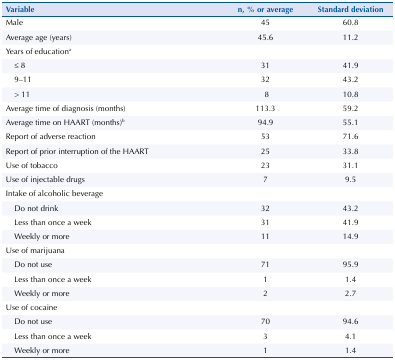
<table><thead><tr><td><b>Variable</b></td><td><b>n, % or average</b></td><td><b>Standard deviation</b></td></tr></thead><tbody><tr><td>Male</td><td>45</td><td>60.8</td></tr><tr><td>Average age (years)</td><td>45.6</td><td>11.2</td></tr><tr><td>Years of education<sup>a</sup></td><td> </td><td> </td></tr><tr><td>≤ 8</td><td>31</td><td>41.9</td></tr><tr><td>9–11</td><td>32</td><td>43.2</td></tr><tr><td>&gt; 11</td><td>8</td><td>10.8</td></tr><tr><td>Average time of diagnosis (months)</td><td>113.3</td><td>59.2</td></tr><tr><td>Average time on HAART (months)<sup>b</sup></td><td>94.9</td><td>55.1</td></tr><tr><td>Report of adverse reaction</td><td>53</td><td>71.6</td></tr><tr><td>Report of prior interruption of the HAART</td><td>25</td><td>33.8</td></tr><tr><td>Use of tobacco</td><td>23</td><td>31.1</td></tr><tr><td>Use of injectable drugs</td><td>7</td><td>9.5</td></tr><tr><td>Intake of alcoholic beverage</td><td> </td><td> </td></tr><tr><td>Do not drink</td><td>32</td><td>43.2</td></tr><tr><td>Less than once a week</td><td>31</td><td>41.9</td></tr><tr><td>Weekly or more</td><td>11</td><td>14.9</td></tr><tr><td>Use of marijuana</td><td> </td><td> </td></tr><tr><td>Do not use</td><td>71</td><td>95.9</td></tr><tr><td>Less than once a week</td><td>1</td><td>1.4</td></tr><tr><td>Weekly or more</td><td>2</td><td>2.7</td></tr><tr><td>Use of cocaine</td><td> </td><td> </td></tr><tr><td>Do not use</td><td>70</td><td>94.6</td></tr><tr><td>Less than once a week</td><td>3</td><td>4.1</td></tr><tr><td>Weekly or more</td><td>1</td><td>1.4</td></tr></tbody></table>